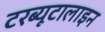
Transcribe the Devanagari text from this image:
टरब्यूटालाइन